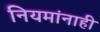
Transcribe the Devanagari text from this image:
नियमांनाही